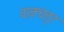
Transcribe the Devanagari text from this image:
वाक्चतुर